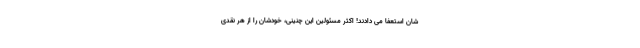
شان استعفا می دادند! اکثر مسئولین این چنینی، خودشان را از هر نقدی